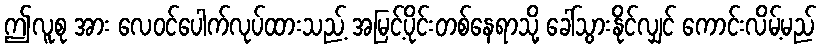
ဤလူစု အား လေဝင်ပေါက်လုပ်ထားသည့် အမြင့်ပိုင်းတစ်နေရာသို့ ခေါ်သွားနိုင်လျှင် ကောင်းလိမ့်မည်